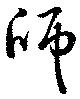
師